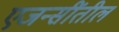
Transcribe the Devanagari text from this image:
एजन्सींतील